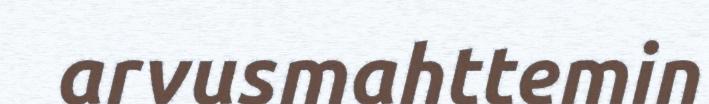
arvusmahttemin